Indian Medical Review
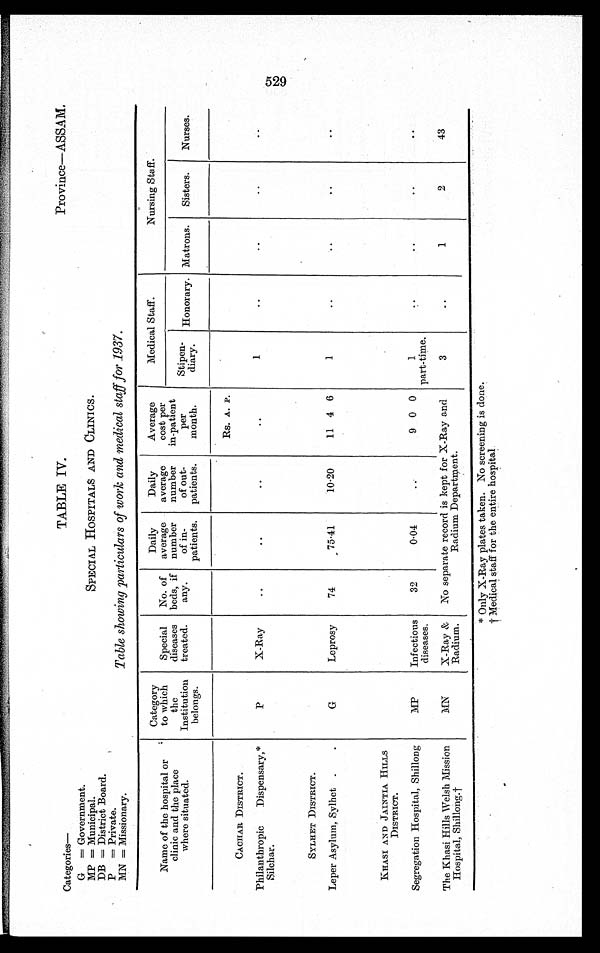
Categories
G = Government.
MP = Municipal.
DB = District Board.
P = Private.
MN = Missionary.
TABLE IV.
Province—ASSAM.
SPECIAL HOSPITALS AND CLINICS.
Table showing particulars of work and medical staff for 1937.
Name of the hospital or
clinic and the place
where situated.
Category
to which
the
Institution
belongs.
Special
diseases
treated.
No. of
beds, if
any.
Daily
average
number
of in-
patients.
Daily
average
number
of out-
patients.
Average
cost per
in-patient
per
month.
Medical Staff.
Nursing Staff.
Stipen-
diary.
Honorary. Matrons.
Sisters.
Nurses.
CACHAR DISTRICT.
P
X-Ray
..
..
..
Rs. A. P.
1
. .
. .
. .
. .
....
Philanthropic
Dispensary,*
Silchar.
SYLHET DISTRICT.
G
Leprosy
74
75.41
10.20
11 4 6
1
. .
..
. .
..
Leper Asylum, Sylhet .
.
KHASI AND JAINTIA HILLS
DISTRICT.
MP
Infectious
diseases.
32
0.04
..
9 0 0
1
part-time. 3
..
..
..
..
Segregation Hospital, Shillong
The Khasi Hills Welsh Mission
Hospital, Shillong.†
MN
X-Ray &
Radium.
No separate record is kept for X-Ray and
Radium Department.
3
..
1
2
43
* Only X-Ray plates taken. No screening is done.
† M e d i c a l s t a f f f o r t h e e n t i r e h o s p i t a l